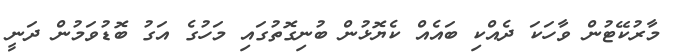
މާރުކޭޓުން ވާހަކަ ދެއްކި ބައެއް ކެޔޮޅުން ބުނިގޮތުގައި މަހުގެ އަގު ބޮޑުވަމުން ދަނީ